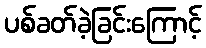
ပစ်ခတ်ခဲ့ခြင်းကြောင့်